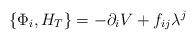
LaTeX: \begin{align*}\left\{\Phi_i,H_T \right\} =- \partial_i V+f_{ij} \lambda^j \end{align*}